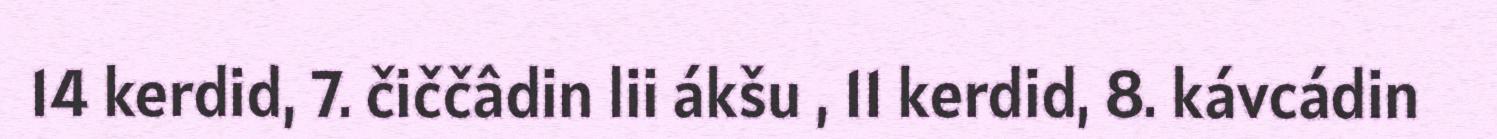
14 kerdid, 7. čiččâdin lii ákšu , 11 kerdid, 8. kávcádin